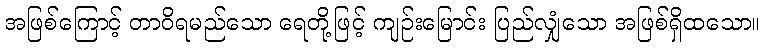
အဖြစ်ကြောင့် တာဝိရမည်သော ရေတို့ဖြင့် ကျဉ်းမြောင်း ပြည်လျှံသော အဖြစ်ရှိထသော။